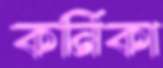
কর্নিকা